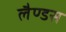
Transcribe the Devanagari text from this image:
लैण्डस